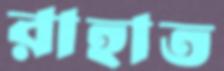
রাহাত